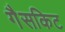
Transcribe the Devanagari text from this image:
गैसकिट